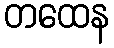
တထေန